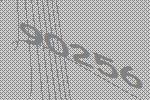
90256